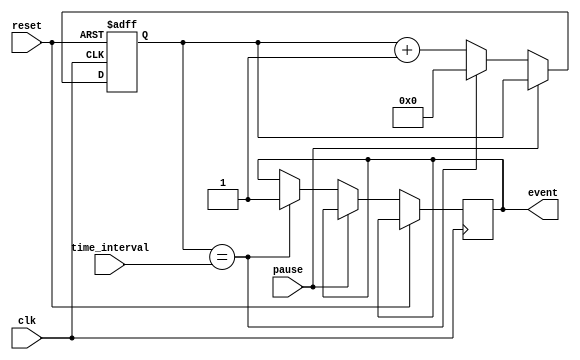
module event_timer(
    input wire clk,
    input wire reset,
    input wire pause,
    input wire [15:0] time_interval,
    output reg event
);

reg [15:0] counter;

always @ (posedge clk or posedge reset)
begin
    if (reset)
        counter <= 0;
    else if (pause)
        counter <= counter;
    else if (counter == time_interval)
    begin
        counter <= 0;
        event <= 1;
    end
    else
        counter <= counter + 1;
end

endmodule